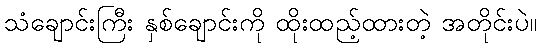
သံချောင်းကြီး နှစ်ချောင်းကို ထိုးထည့်ထားတဲ့ အတိုင်းပဲ။